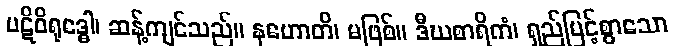
ပဋိဝိရုဒ္ဓေါ၊ ဆန့်ကျင်သည်။ နဟောတိ၊ မဖြစ်။ ဒီဃစာရိကံ၊ ရှည်မြင့်စွာသော